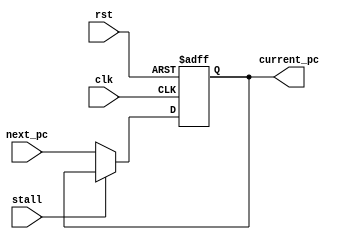
module Reg_PC (clk,rst,next_pc,stall,current_pc);           
    input clk,rst,stall;
    input [15:0] next_pc;
    output reg [15:0] current_pc;


    always @(posedge clk or posedge rst) 
    begin
        if (rst) 
        begin
            current_pc <= 16'b0;    
        end
        else
        begin
            if (stall) 
            begin
                current_pc <= current_pc;
            end
            else
            begin
                current_pc <= next_pc;    
            end
        end    
    end




endmodule